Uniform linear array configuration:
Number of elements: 8
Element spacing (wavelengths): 0.25
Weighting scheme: hann
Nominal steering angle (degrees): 0
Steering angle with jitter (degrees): -1.728
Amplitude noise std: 0.05
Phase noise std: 0.05

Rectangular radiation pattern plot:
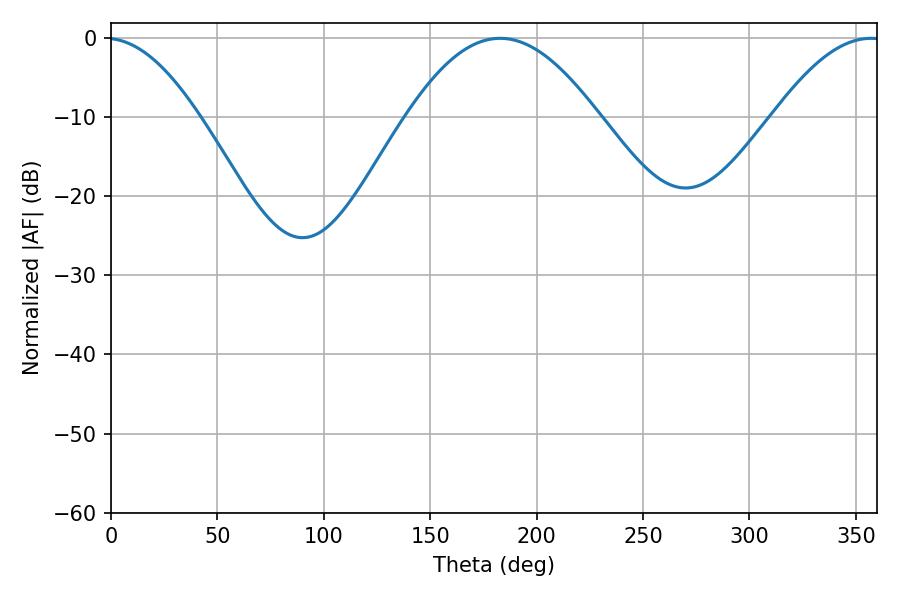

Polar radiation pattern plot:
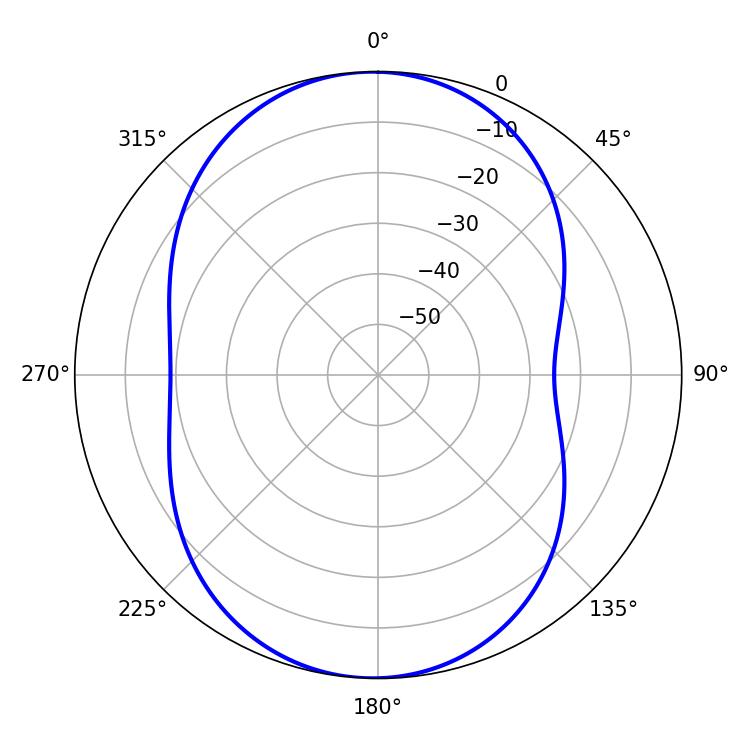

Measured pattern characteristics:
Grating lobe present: FALSE
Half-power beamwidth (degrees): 48.96
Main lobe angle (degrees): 182.88